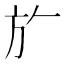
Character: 𭤨